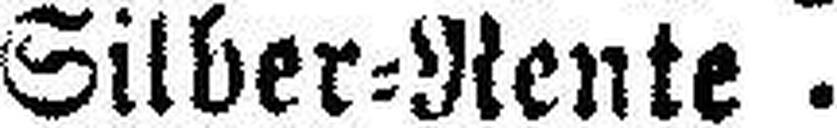
Silber=Rente